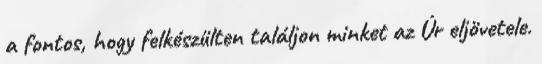
a fontos, hogy felkészülten találjon minket az Úr eljövetele.